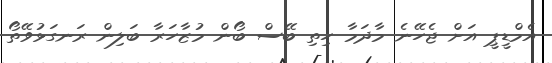
އެމްޑީޕީ އަށް ޖެހޭނެ މާދަމާ ހިތި ބޭސް ބޯން މުޒާހަރާ ބަލިން ރަނގަޅުވޭތޯ